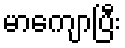
မာကျောပြီး